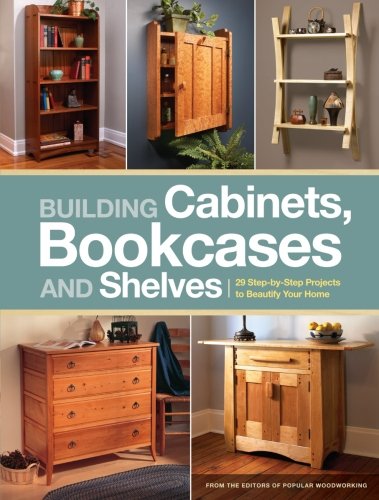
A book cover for Building Cabinets, Bookcases & Shelves: 29 Step-by-Step Projects to Beautify Your Home; Editors of Popular Woodworking; Crafts, Hobbies & Home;